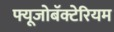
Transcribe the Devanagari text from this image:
फ्यूजोबॅक्टेरियम